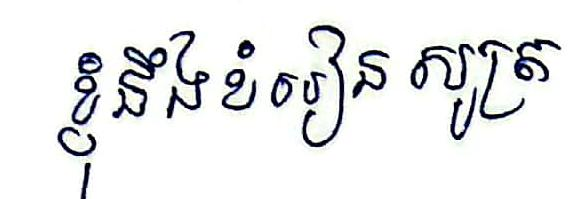
ខ្ញុំនឹងខំរៀនសូត្រ